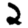
Digit: 2